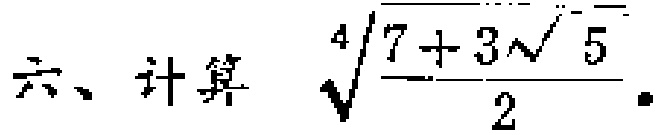
\(六、计算\quad\sqrt[4]{\frac{7 + 3\sqrt{5}}{2}} \)